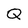
Character: Q